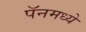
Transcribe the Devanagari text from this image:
पॅनमध्ये